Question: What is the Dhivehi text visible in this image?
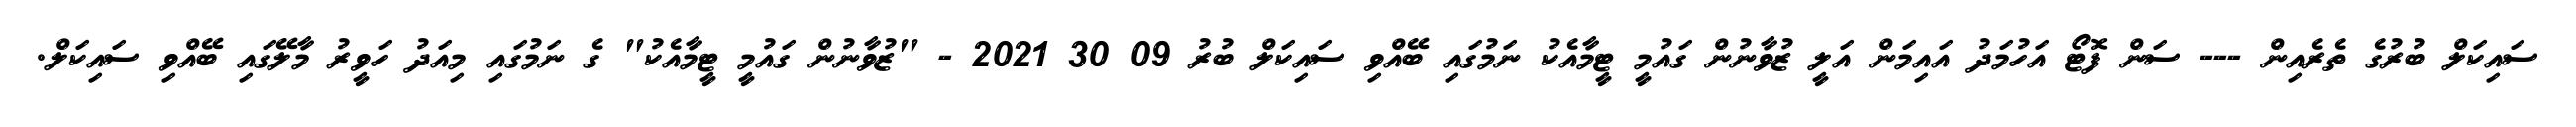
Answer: ސައިކަލް ބުރުގެ ތެރެއިން --- ސަން ފޮޓޯ އަހުމަދު އައިމަން އަލީ ޒުވާނުން ގައުމީ ޓީމާއެކު ނަމުގައި ބޭއްވި ސައިކަލް ބުރު 09 30 2021 - "ޒުވާނުން ގައުމީ ޓީމާއެކު" ގެ ނަމުގައި މިއަދު ހަވީރު މާލޭގައި ބޭއްވި ސައިކަލް.